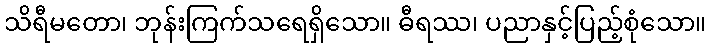
သိရီမတော၊ ဘုန်းကြက်သရေရှိသော။ ဓီရဿ၊ ပညာနှင့်ပြည့်စုံသော။